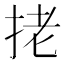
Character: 㧯